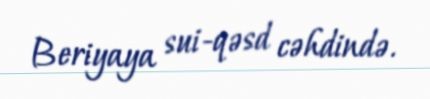
Beriyaya sui-qəsd cəhdində.